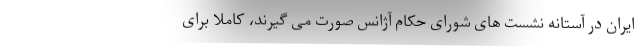
ایران در آستانه نشست های شورای حکام آژانس صورت می گیرند، کاملا برای